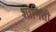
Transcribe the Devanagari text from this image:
शानिती